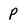
Character: p